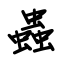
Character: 蟲